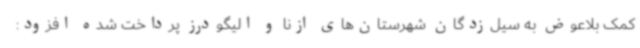
کمک بلاعوض به سیل‌زدگان شهرستان‌های ازنا و الیگودرز پرداخت شده افزود: